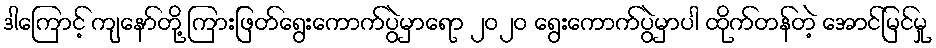
ဒါကြောင့် ကျနော်တို့ ကြားဖြတ်ရွေးကောက်ပွဲမှာရော ၂ဝ၂ဝ ရွေးကောက်ပွဲမှာပါ ထိုက်တန်တဲ့ အောင်မြင်မှု